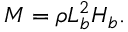
M = \rho L _ { b } ^ { 2 } H _ { b } .